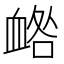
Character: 𧖼